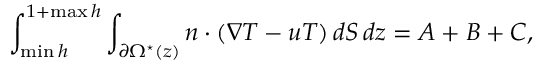
\int _ { \operatorname* { m i n } h } ^ { 1 + \operatorname* { m a x } h } \int _ { \partial \Omega ^ { \star } ( z ) } n \cdot ( \nabla T - u T ) \, d S \, d z = A + B + C ,